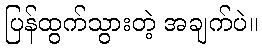
ပြန်ထွက်သွားတဲ့ အချက်ပဲ။